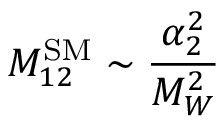
M _ { 1 2 } ^ { \mathrm { S M } } \sim \frac { \alpha _ { 2 } ^ { 2 } } { M _ { W } ^ { 2 } }